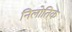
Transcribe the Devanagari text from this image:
निलोतिक